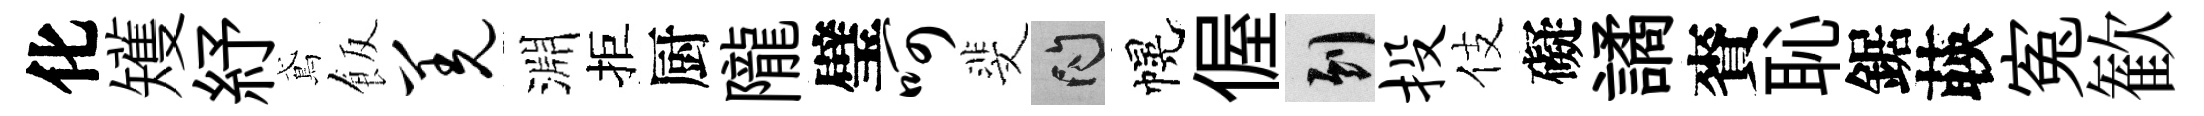
化矱紓鳶飯羌淵拒厨隴璧呵斐問幌偓到投伎礙譎賚恥鋸𦴤寃歓